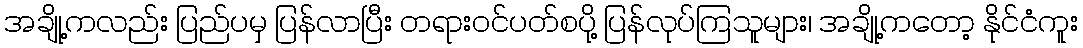
အချို့ကလည်း ပြည်ပမှ ပြန်လာပြီး တရားဝင်ပတ်စပို့ ပြန်လုပ်ကြသူများ၊ အချို့ကတော့ နိုင်ငံကူး